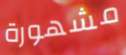
مشهورة